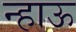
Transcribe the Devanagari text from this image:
न्हाऊ